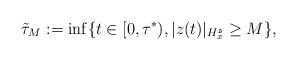
LaTeX: \begin{align*}\tilde{\tau}_M:=\inf\{t\in[0,\tau^*),|z(t)|_{H_x^{\mathfrak{s}}}\geq M\},\end{align*}